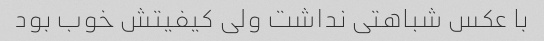
با عکس شباهتی نداشت ولی کیفیتش خوب بود